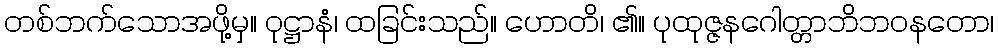
တစ်ဘက်သောအဖို့မှ။ ဝုဋ္ဌာနံ၊ ထခြင်းသည်။ ဟောတိ၊ ၏။ ပုထုဇ္ဇနဂေါတ္တာဘိဘဝနတော၊